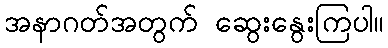
အနာဂတ်အတွက် ဆွေးနွေးကြပါ။